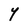
Character: Y